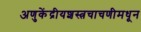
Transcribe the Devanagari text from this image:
अणुकेंद्रीयशस्‍त्रचाचणीमधून